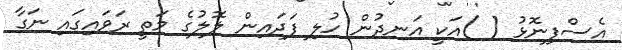
އެސްފިނޮޅު ( )އަކީ އަނދުން ހުލި ފަދައިން ލޮލުގެ މަތީ ރަވައިގައި ނަގާ